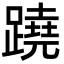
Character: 蹺